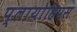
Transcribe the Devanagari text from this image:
प्लायोहिपस